Civil Veterinary Department. United Provinces 1932-42 - 1932-1942
Year: 1932
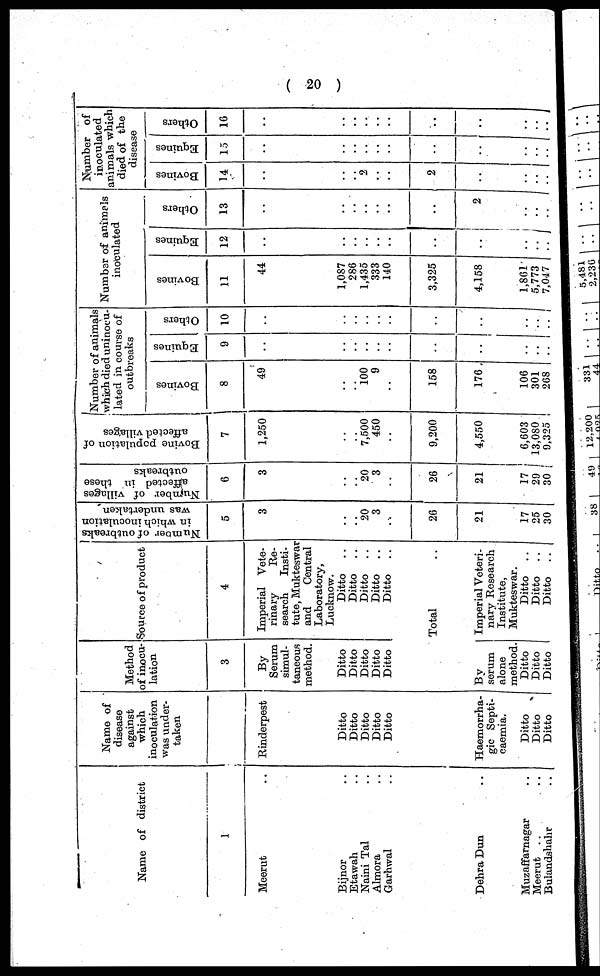
( 20 )
Name of district
1
Meerut ..
Bijnor..
Etawah ..
Naini Tal..
Almora ..
Garhwal ..
Dehra Dun ..
Muzaffarnagar ..
Meerut .. ..
Bulandshahr ..
Name of
disease
against
which
inoculation
was under-
taken
Rinderpest
Ditto
Ditto
Ditto
Ditto
Ditto
Haemorrha-
gic Septi-
caemia.
Ditto
Ditto
Ditto
Method
of inocu-
lation
3
By
Serum
simul-
taneous
method.
Ditto
Ditto
Ditto
Ditto
Ditto
Source of product
4
Imperial Vete-
rinary
Re-
search
Insti-
tute, Mukteswar
and
Central
Laboratory,
Lucknow. Ditto
..
Ditto
..
Ditto
..
Ditto
..
Ditto
..
Total ..
By
serum
alone
method.
Ditto
Ditto
Ditto
Imperial Veteri-
nary Research
Institute,
Mukteswar.
Ditto ..
Ditto
..
Ditto ..
Number
of outbreak
in which inoculation
was undertaken
5
3
..
..
20
3
..
26
21
17
25
30
Number
of villages
affected in these
outbreaks
6
3
..
..
20
3
..
26
21
17
29
30
Bovine population of
affected villages
7
1,250
..
..
7,500
450
..
9,200
4,550
6,603
13,080
9,325
Number of animals
which died uninocu-
lated in course of
outbreaks
Bovines
8
49
..
..
100
9
..
158
176
106
301
268
Equines
9
..
..
..
..
..
..
..
..
..
..
Others
10
..
..
..
..
..
..
..
..
..
..
Number of animals
inoculated
Bovines
11
44
1,087
286
1,435
333
140
3,325
4,158
1,861
5,773
7,047
Equines
12
..
..
..
..
..
..
..
..
..
..
..
Others
13
..
..
..
..
..
..
..
2
..
..
..
Number of
inoculated
animals which
died of the
disease
Bovines
14
..
..
..
2
..
..
2
..
..
..
..
Equines
15
..
..
..
..
..
..
..
..
..
..
..
Others
16
..
..
..
..
..
..
..
..
..
..
..